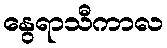
နွေရာသီကာလ